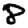
Digit: 8